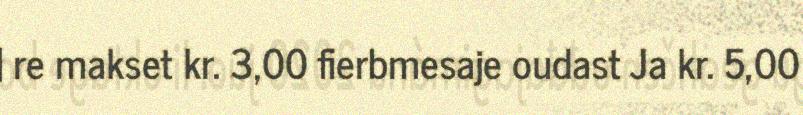
| re makset kr. 3,00 fierbmesaje oudast Ja kr. 5,00